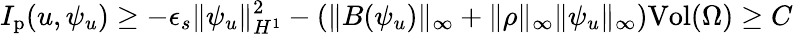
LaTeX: I_{\mathrm{p}}(u,\psi_{u})\geq-\epsilon_{s}\| \psi_{u}\| _{H^{1}}^{2}-\left(\| B(\psi_{u})\| _{\infty}+\| \rho\| _{\infty}\| \psi_{u}\| _{\infty}\right)\mathrm{Vol}(\Omega)\geq C